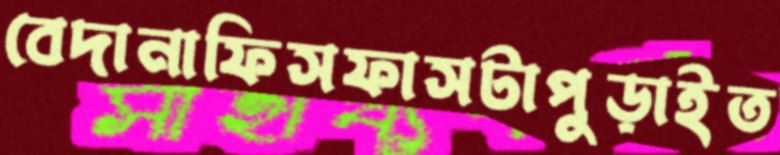
বেদানাফিসফাসটাপুড়াইত